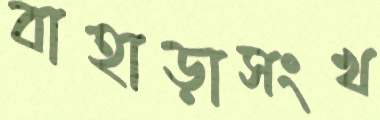
বাহাড়াসংখ